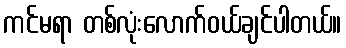
ကင်မရာ တစ်လုံးလောက်ဝယ်ချင်ပါတယ်။